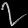
Digit: ၇